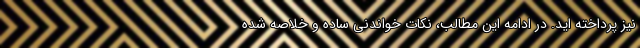
نیز پرداخته اید. در ادامه این مطالب، نکات خواندنی ساده و خلاصه شده